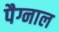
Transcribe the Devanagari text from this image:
पैग्नाल